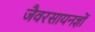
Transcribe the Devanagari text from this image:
जैवरसायनज्ञों